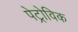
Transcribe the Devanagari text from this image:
पेट्रोविक